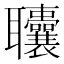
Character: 𫆓